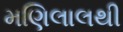
મણિલાલથી